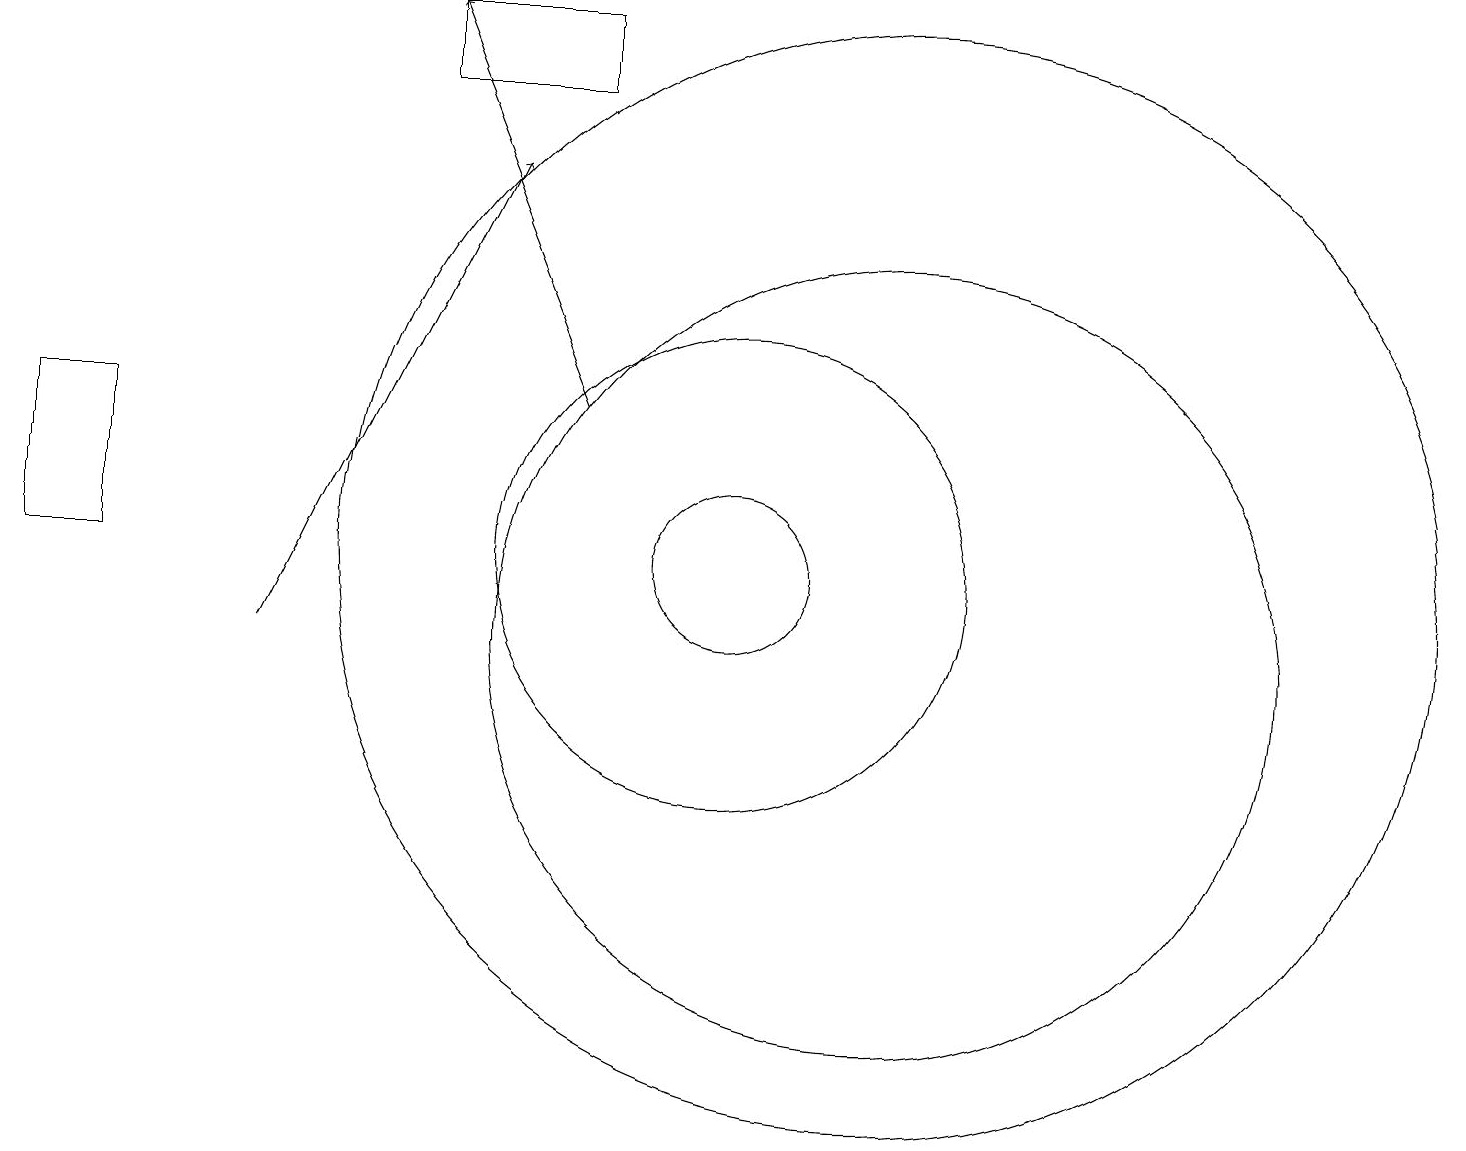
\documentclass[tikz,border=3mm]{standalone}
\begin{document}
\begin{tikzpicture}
\draw (12,11) circle (7);
\draw (6,17) rectangle (8,18);
\draw[->] (4,10) -- (7,16);
\draw (2,11) rectangle (1,13);
\draw (12,10) circle (5);
\draw[->] (8,13) -- (6,18);
\draw (10,11) circle (1);
\draw (10,11) circle (3);
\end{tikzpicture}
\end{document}